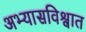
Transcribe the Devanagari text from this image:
अभ्यासविश्वात